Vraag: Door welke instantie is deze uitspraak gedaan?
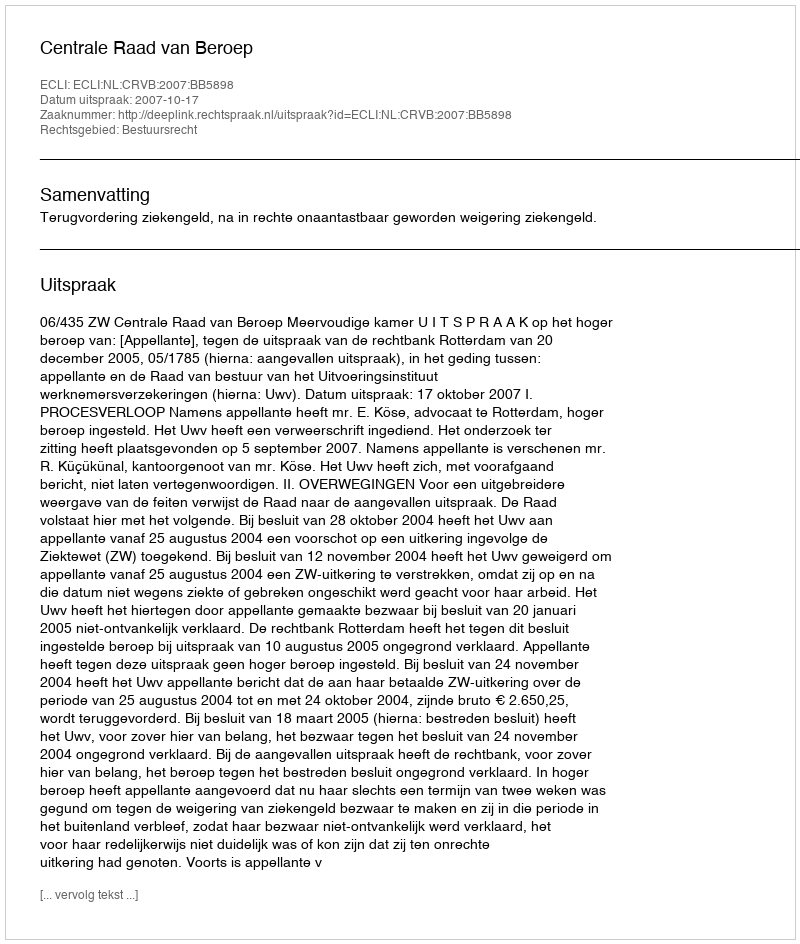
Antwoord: Centrale Raad van Beroep